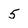
Character: 5